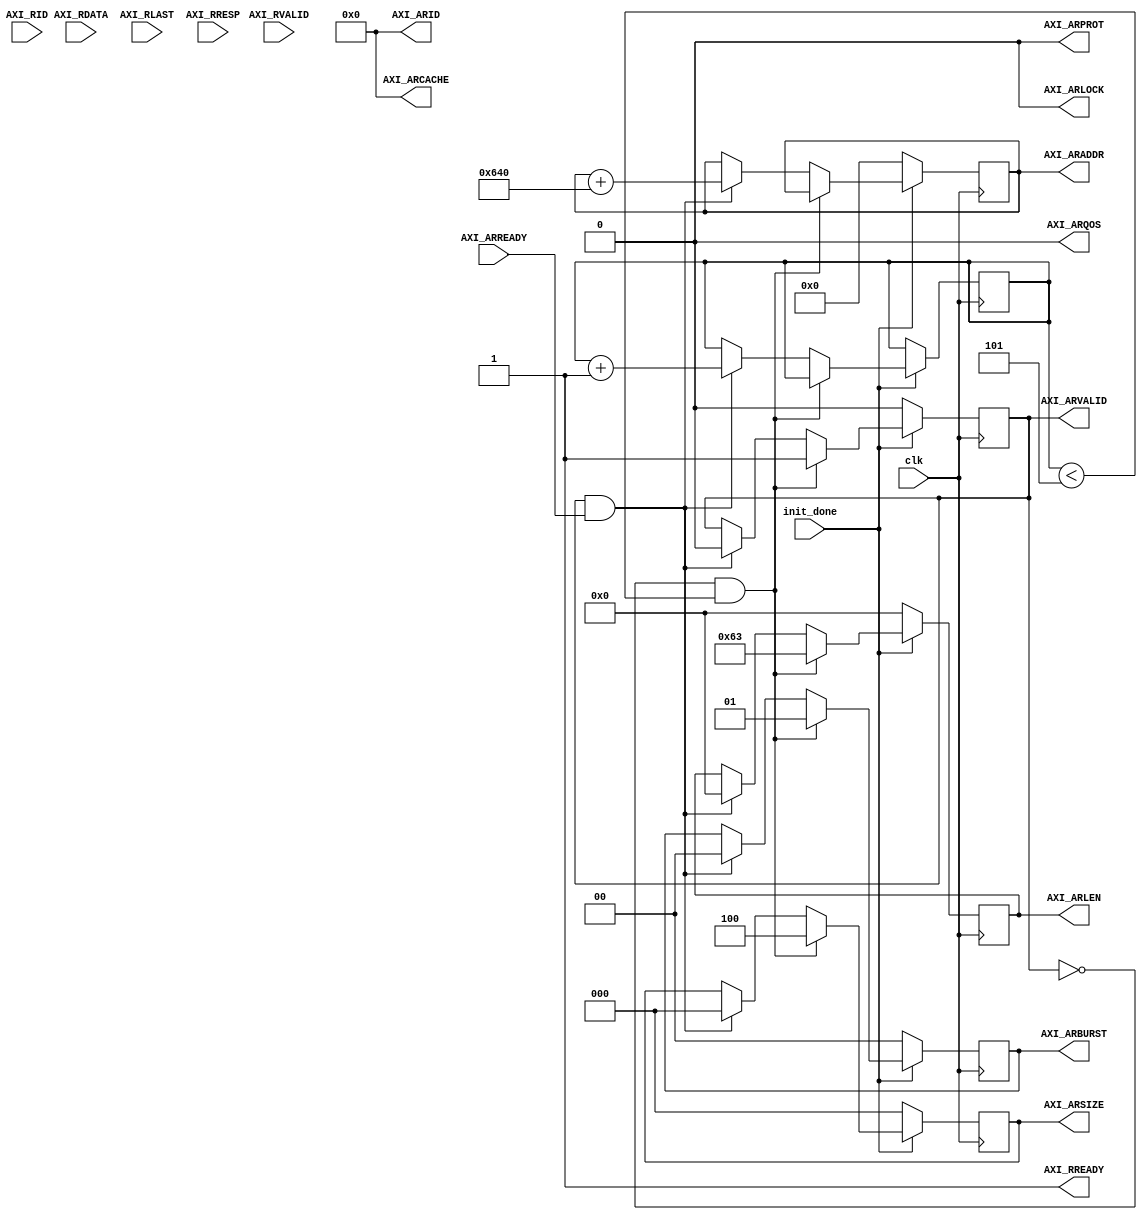
`timescale 1ns / 1ps
//////////////////////////////////////////////////////////////////////////////////
// Company: 
// Engineer: 
// 
// Design Name: 
// Module Name: read_rev
// Project Name: 
// Target Devices: 
// Tool Versions: 
// Description: 
// 
// Dependencies: 
// 
// Revision:
// Revision 0.01 - File Created
// Additional Comments:
// 
//////////////////////////////////////////////////////////////////////////////////


module read_rev(  
input clk,                      /* */
/*
*/
input init_done,
/*
 *hbm
 */
output reg [28 : 0] AXI_ARADDR = 0,
output reg [1 : 0] AXI_ARBURST = 0,

output reg [3 : 0] AXI_ARCACHE = 0,


output reg [3 : 0] AXI_ARID = 0,
output reg [7 : 0] AXI_ARLEN = 0,

output reg AXI_ARLOCK = 0,
output reg AXI_ARPROT = 0,
output reg AXI_ARQOS = 0,
input AXI_ARREADY,

output reg [2 : 0] AXI_ARSIZE = 0,
output reg AXI_ARVALID = 0,

/*
 *hbm
 */
//input [31 : 0] AXI_RDATA_PARITY0,
input [127 : 0] AXI_RDATA,
input [3 : 0] AXI_RID,
input AXI_RLAST,
input [1 : 0] AXI_RRESP,
input AXI_RVALID,
output reg AXI_RREADY = 1
    );
    
/**/
reg [2:0] ar_cnt = 0;
    
always@(posedge clk)
begin
    if(~init_done) begin
        AXI_ARADDR <= 0;
        AXI_ARBURST <= 2'b0;
        AXI_ARLEN <= 0;
        AXI_ARSIZE <= 0;
        AXI_ARVALID <= 0;
    end
    else if((~AXI_ARVALID) && (ar_cnt <5)) begin
        AXI_ARVALID <= 1;
        AXI_ARSIZE <= 3'b100;
        AXI_ARLEN <= 'h63;
        AXI_ARBURST <= 2'b01;
    end
    else if(AXI_ARVALID & AXI_ARREADY) begin
        AXI_ARADDR <= AXI_ARADDR + 'h640;
        AXI_ARBURST <= 2'b0;
        AXI_ARLEN <= 0;
        AXI_ARSIZE <= 0;
        AXI_ARVALID <= 0;
        
        ar_cnt <= ar_cnt + 1;
    end
end  

//fifo_generator_4 axi_0(
//  .clk(clk),                // input wire clk
//  .rst(sys_rst),                // input wire rst
//  .din(din_tmp),                // input wire [255 : 0] din
//  .wr_en(wr_en_tmp),            // input wire wr_en
//  .valid(valid),
//  .rd_en(rd_en),            // input wire rd_en
//  .dout(dout),              // output wire [255 : 0] dout
//  .full(),              // output wire full
//  .empty(empty),            // output wire empty
//  .data_count(data_count)  // output wire [8 : 0] data_count
//);
 
endmodule